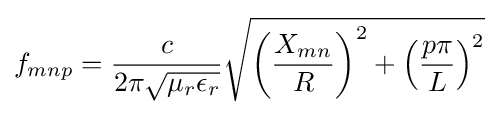
f_{mnp}={\frac {c}{2\pi {\sqrt {\mu _{r}\epsilon _{r}}}}}{\sqrt {\left({\frac {X_{mn}}{R}}\right)^{2}+\left({\frac {p\pi }{L}}\right)^{2}}}